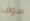
سوف